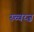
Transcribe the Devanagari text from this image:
स्च्वय्ज़